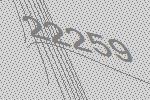
22259